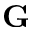
\textbf { G }